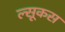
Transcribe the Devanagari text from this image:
ल्सूकस